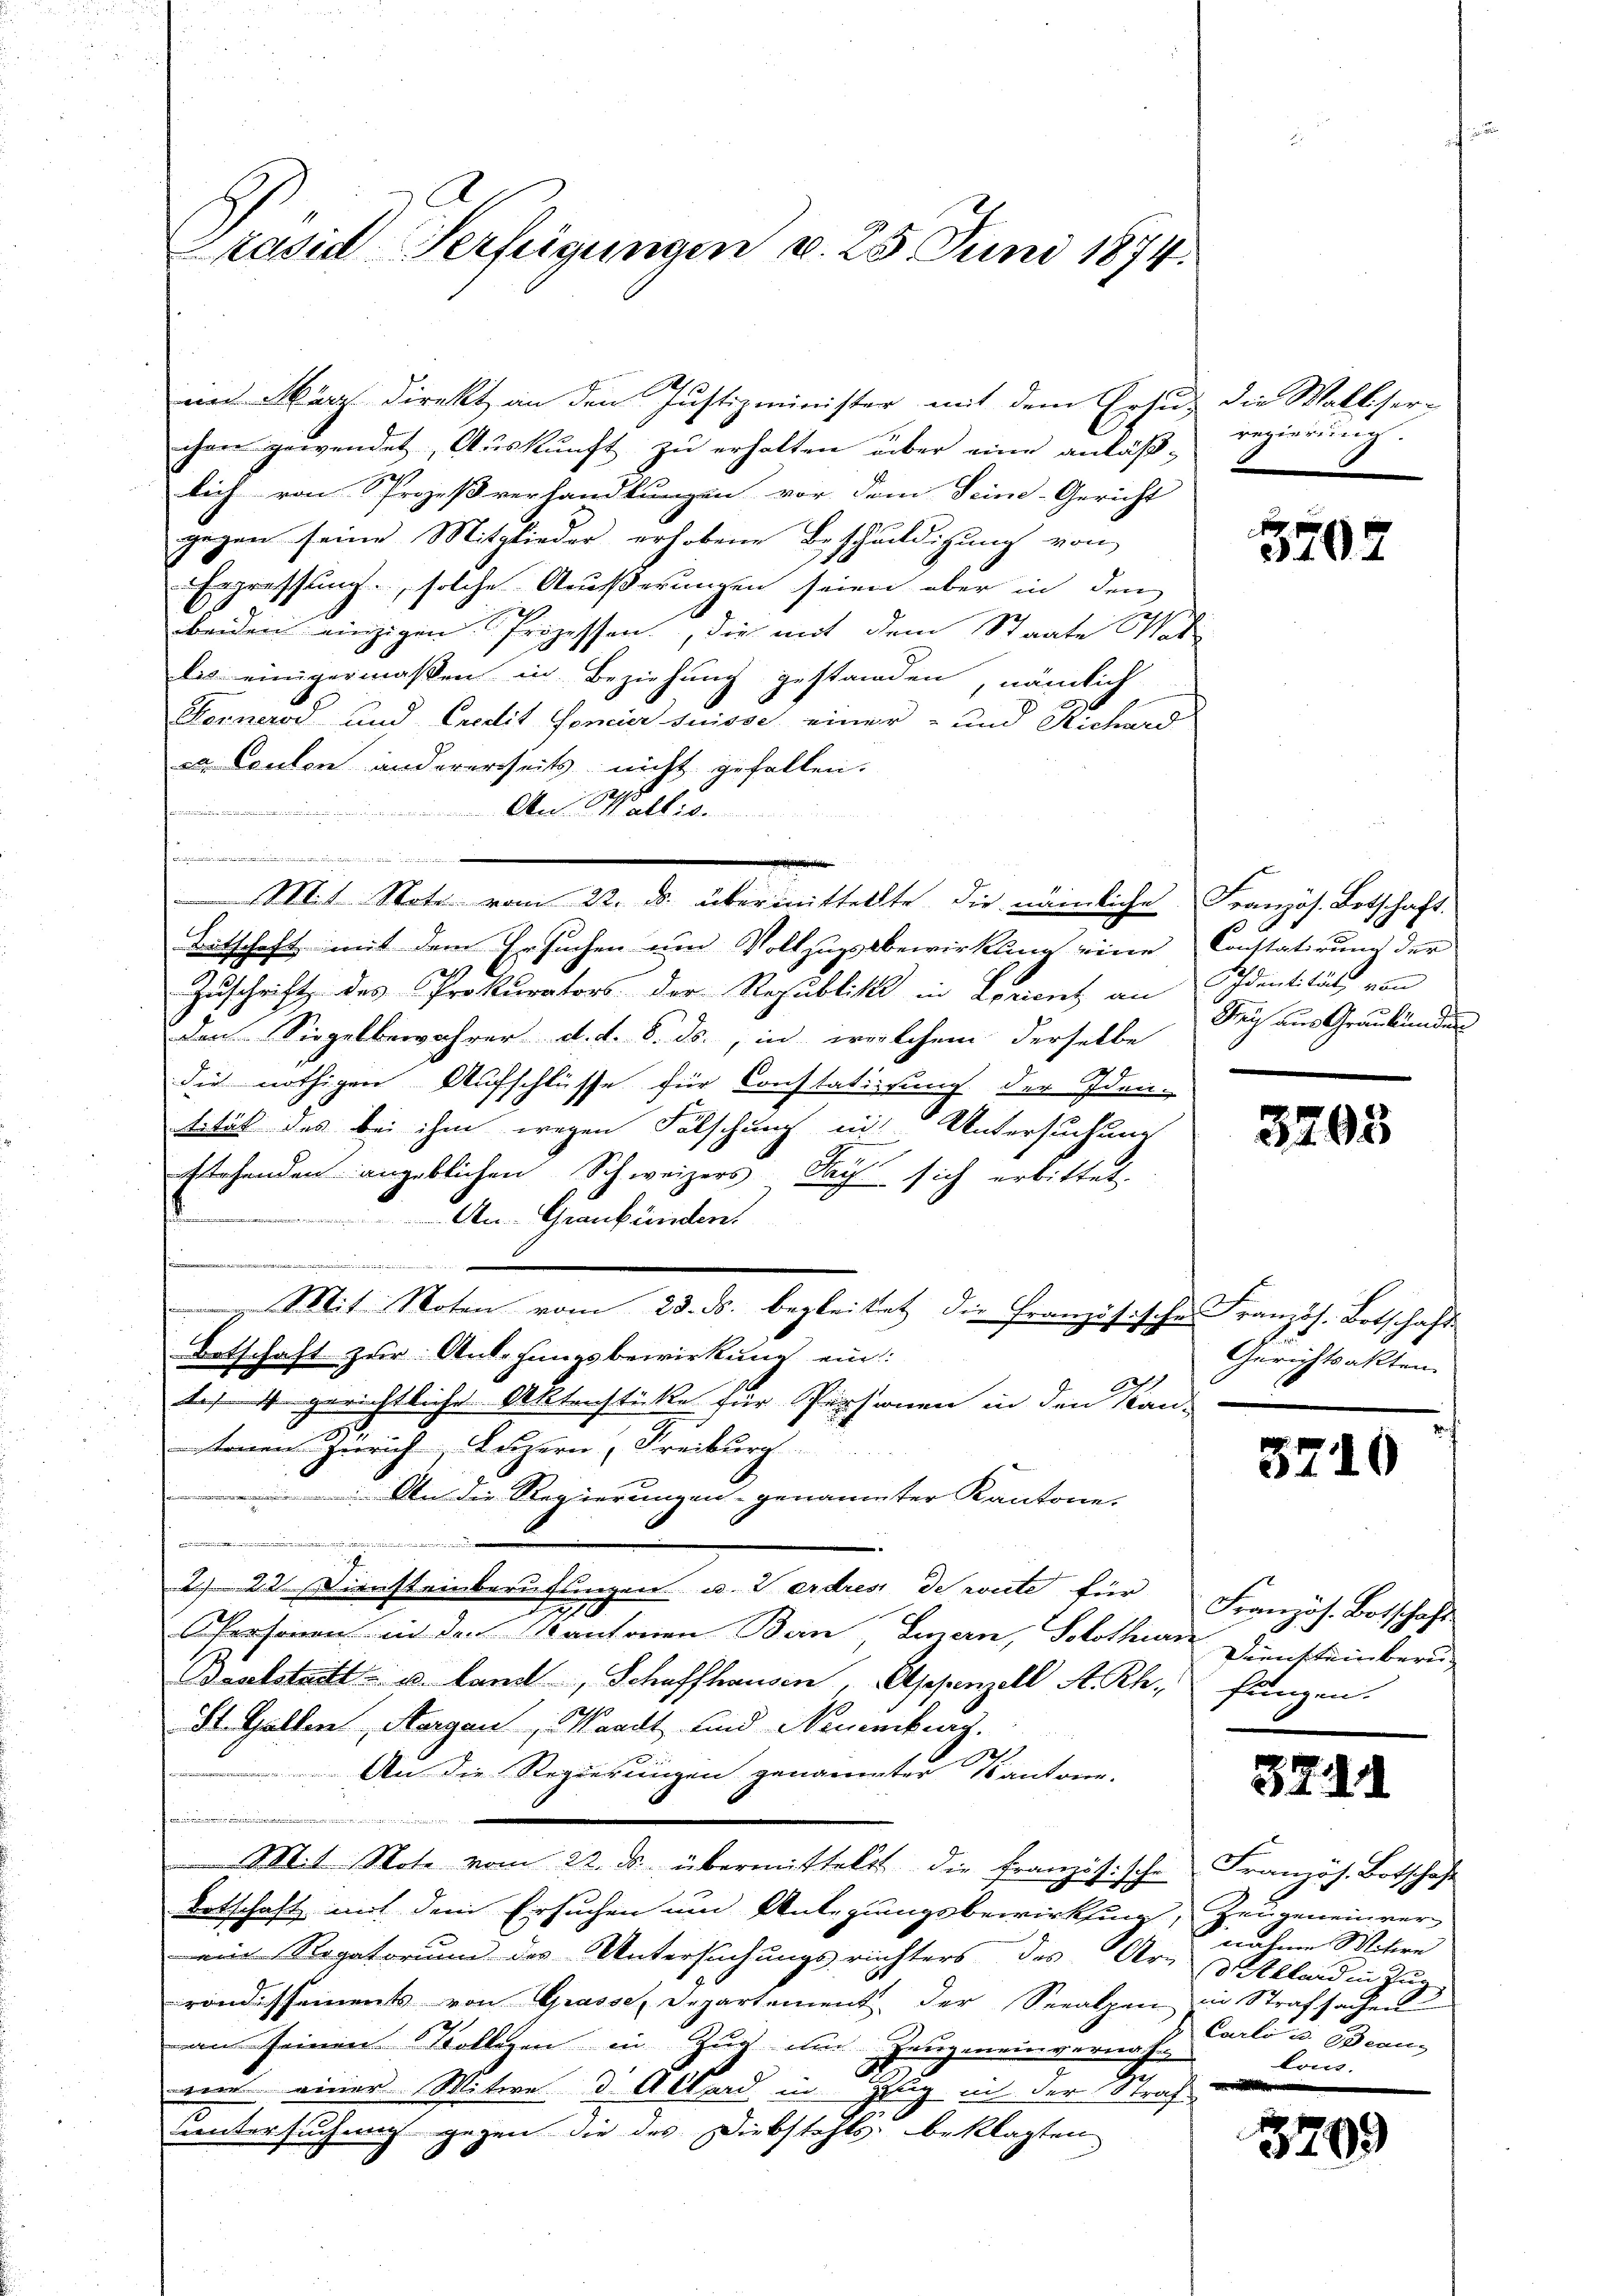
rasid Verfügungen v. 25 Juni 1874.

im März direkt an den Justizminister mit dem Ersuz die Walkser-
chen gewendet, Auskunft zu erhalten über eine anläß-
lich von Prozeßverhandlungen vor dem Seine-Gericht
gegen seine Mitglieder erhobene Beschuldigung von
Erpressung, solche Äußerungen seien aber in den
beiden einzigen Prozessen, die mit dem Staate Mati
lis einigermaßen in Beziehung gestanden, nämlich
Kernerod und Credit Foncier suisse einer- und Richard
a Loulen andererseits nicht gefallen.
 A. Walli
Bitschaft mit dem Ersuchen um Vollzugsbewirklung eine Constatirung der
Zuschrift des Prokurators der Republick in Lorient an Schentität vom
den Siegelbewahrer d. d. 8. ds., in welchem derselbe
die nöthigen Aufschlüsse für Constatirung der Iden-
tität des bei ihm wegen Fälschung mit Untersuchung
stehenden angeblichen Schweizers Sach sich erbittet
An Graubünden
.
rämien
 Mit Noten vom 23. ds. begleitet die Französische Französ. Botschaft
Betschaft zur Anlegungsbewirkung ein:
te 4 gerichtliche Aktenstücke für Personen in den Kan-
tenen Zürich, Luzern, Freiburg
 An die Regierungen genannter Kantone
i. d. d.
222. Diensteinberuflingen u. Verdres deute für Französ. Botschaft
118
Personen in den Kantonen Bern Einern, Solothurn
Baalstadt- u. land, Schaffhausen, Appenzell A. Rh. fungen.
St. Gallen, Aargau, Waadt und Neuenburg.
 wurd
2
An die Regierungen genannter Kantonen.
.
Mit Note vom 22. ds. übermittelst die Französische Französ. Botschaft
Botschaft mit dem Ersuchen um Anlegungsbewirkung, Zeugeneinver
ein Rogatorium des Untersuchungsrichters des Arndtthard in Zŭg
rondissements von Grasse, Departement der Seealpen in Strafsachen
an seinen Kollegen in Zug auch Zeugenenvernahmm einer Mitwe d. Allerd in Zug in der Straf
untersuchung gegen die des Diebstahls beklagten

der andern

Mit Note vom 22. ds. übermittellte die nämliche Französ. Botschaft.

regierung

3702

Frey aus Graubünden

3203

Gerichtsakten.

3710

Diensteinberu

wahnen Mitere
Carli u. Beau
lous.

3209